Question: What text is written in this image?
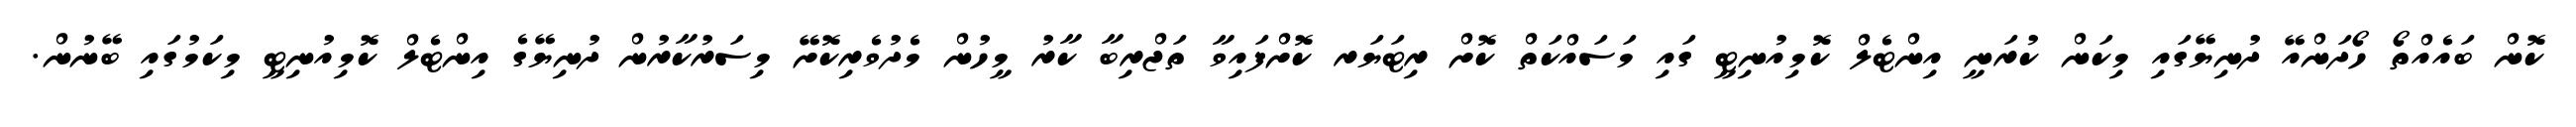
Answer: ކޮން ބައެއްތޯ ހޯދަންއޭ ދުނިޔޭގައި މިކަން ކުރަނީ އިންޓެލް ކޮމިއުނިޓީ ގައި މަސައްކަތް ކޮށް ރިޓަޔަރ ކޮށްފައިވާ ތަޖްރިބާ ކާރު މީހުން މެދުވެރިކޮށޭ މިސަރުކާރުން ދުނިޔޭގެ އިންޓެލް ކޮމިއުނިޓީ މިކަމުގައި ބޭނުން.